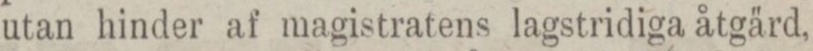
utan hinder af magistratens lagstridiga åtgärd,